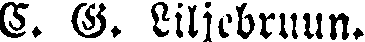
C. G. Liljebruun.